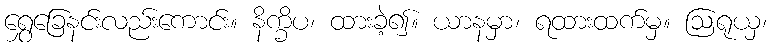
ရွှေခြေနင်းလည်းကောင်း။ နိက္ခိပ၊ ထားခဲ့၍။ ယာနမှာ၊ ရထားထက်မှ။ ဩရုယှ၊